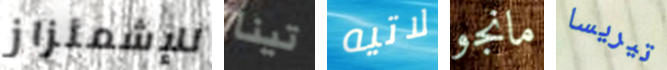
للإشمئزاز تينا لاتيه مانجو تيريسا